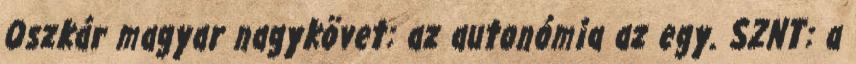
Oszkár magyar nagykövet: az autonómia az egy. SZNT: a